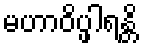
မဟာဝိပ္ဖါရန္တိ